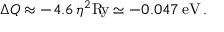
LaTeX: \Delta Q \approx - 4 . 6 \, \eta ^ { 2 } \mathrm { R \! y } \simeq - 0 . 0 4 7 \, \mathrm { e V } \, .